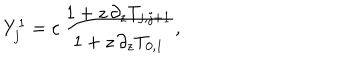
LaTeX: Y _ { j } ^ { 1 } = c \, \frac { 1 + z \, \partial _ { z } T _ { j , j + 1 } } { 1 + z \, \partial _ { z } T _ { 0 , 1 } } ,